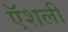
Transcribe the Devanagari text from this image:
ऍशली